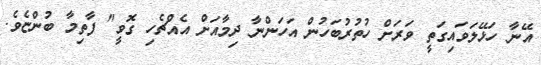
އޭނާ ހަޅޭލަވައިގަތީ ވަރަށް ހުތުރުބަހުން އަހަންނާ ދިމާއަށް އެއްޗެހި ގޮވީ" ފާތިމާ ބުންޏެވެ.